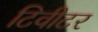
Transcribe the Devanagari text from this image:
टिवीटर